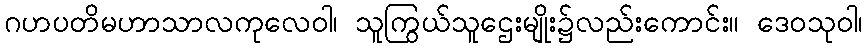
ဂဟပတိမဟာသာလကုလေဝါ၊ သူကြွယ်သူဌေးမျိုး၌လည်းကောင်း။ ဒေဝသုဝါ၊